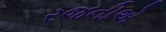
રજનીએ